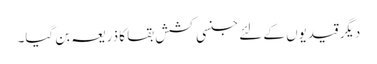
دیگر قیدیوں کے لئے جنسی کشش بقا کا ذریعہ بن گیا۔